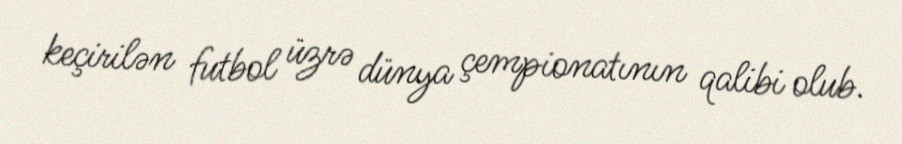
keçirilən futbol üzrə dünya çempionatının qalibi olub.